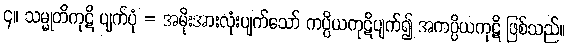
၄။ သမ္မုတိကုဋိ ပျက်ပုံ = အမိုးအားလုံးပျက်သော် ကပ္ပိယကုဋိပျက်၍ အကပ္ပိယကုဋိ ဖြစ်သည်။